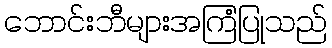
ဘောင်းဘီများအကြံပြုသည်